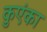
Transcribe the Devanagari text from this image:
कुएंका